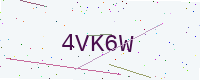
Text: 4VK6W